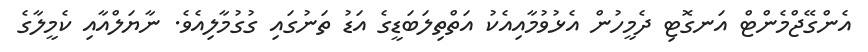
އެންގޭޖްމެންޓް އަނގޮޓި ދެމީހުން އެޅުވުމާއިއެކު އަތްތިލަބަޑީގެ އަޑު ތަނުގައި ގުގުމާލިއެވެ. ނާޔަލްއާއި ކެމީލާގެ